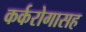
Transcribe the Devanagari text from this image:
कर्करोगासह